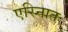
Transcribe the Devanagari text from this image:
एरिनात